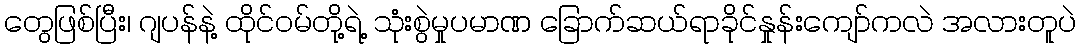
တွေဖြစ်ပြီး၊ ဂျပန်နဲ့ ထိုင်ဝမ်တို့ရဲ့ သုံးစွဲမှုပမာဏ ခြောက်ဆယ်ရာခိုင်နှုန်းကျော်ကလဲ အလားတူပဲ